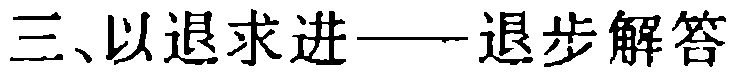
三、以退求进——退步解答